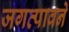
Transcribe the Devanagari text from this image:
जगत्पावने